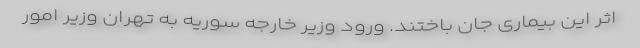
اثر این بیماری جان باختند. ورود وزیر خارجه سوریه به تهران وزیر امور